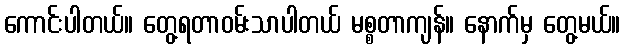
ကောင်းပါတယ်။ တွေ့ရတာဝမ်းသာပါတယ် မစ္စတာကျန်။ နောက်မှ တွေ့မယ်။